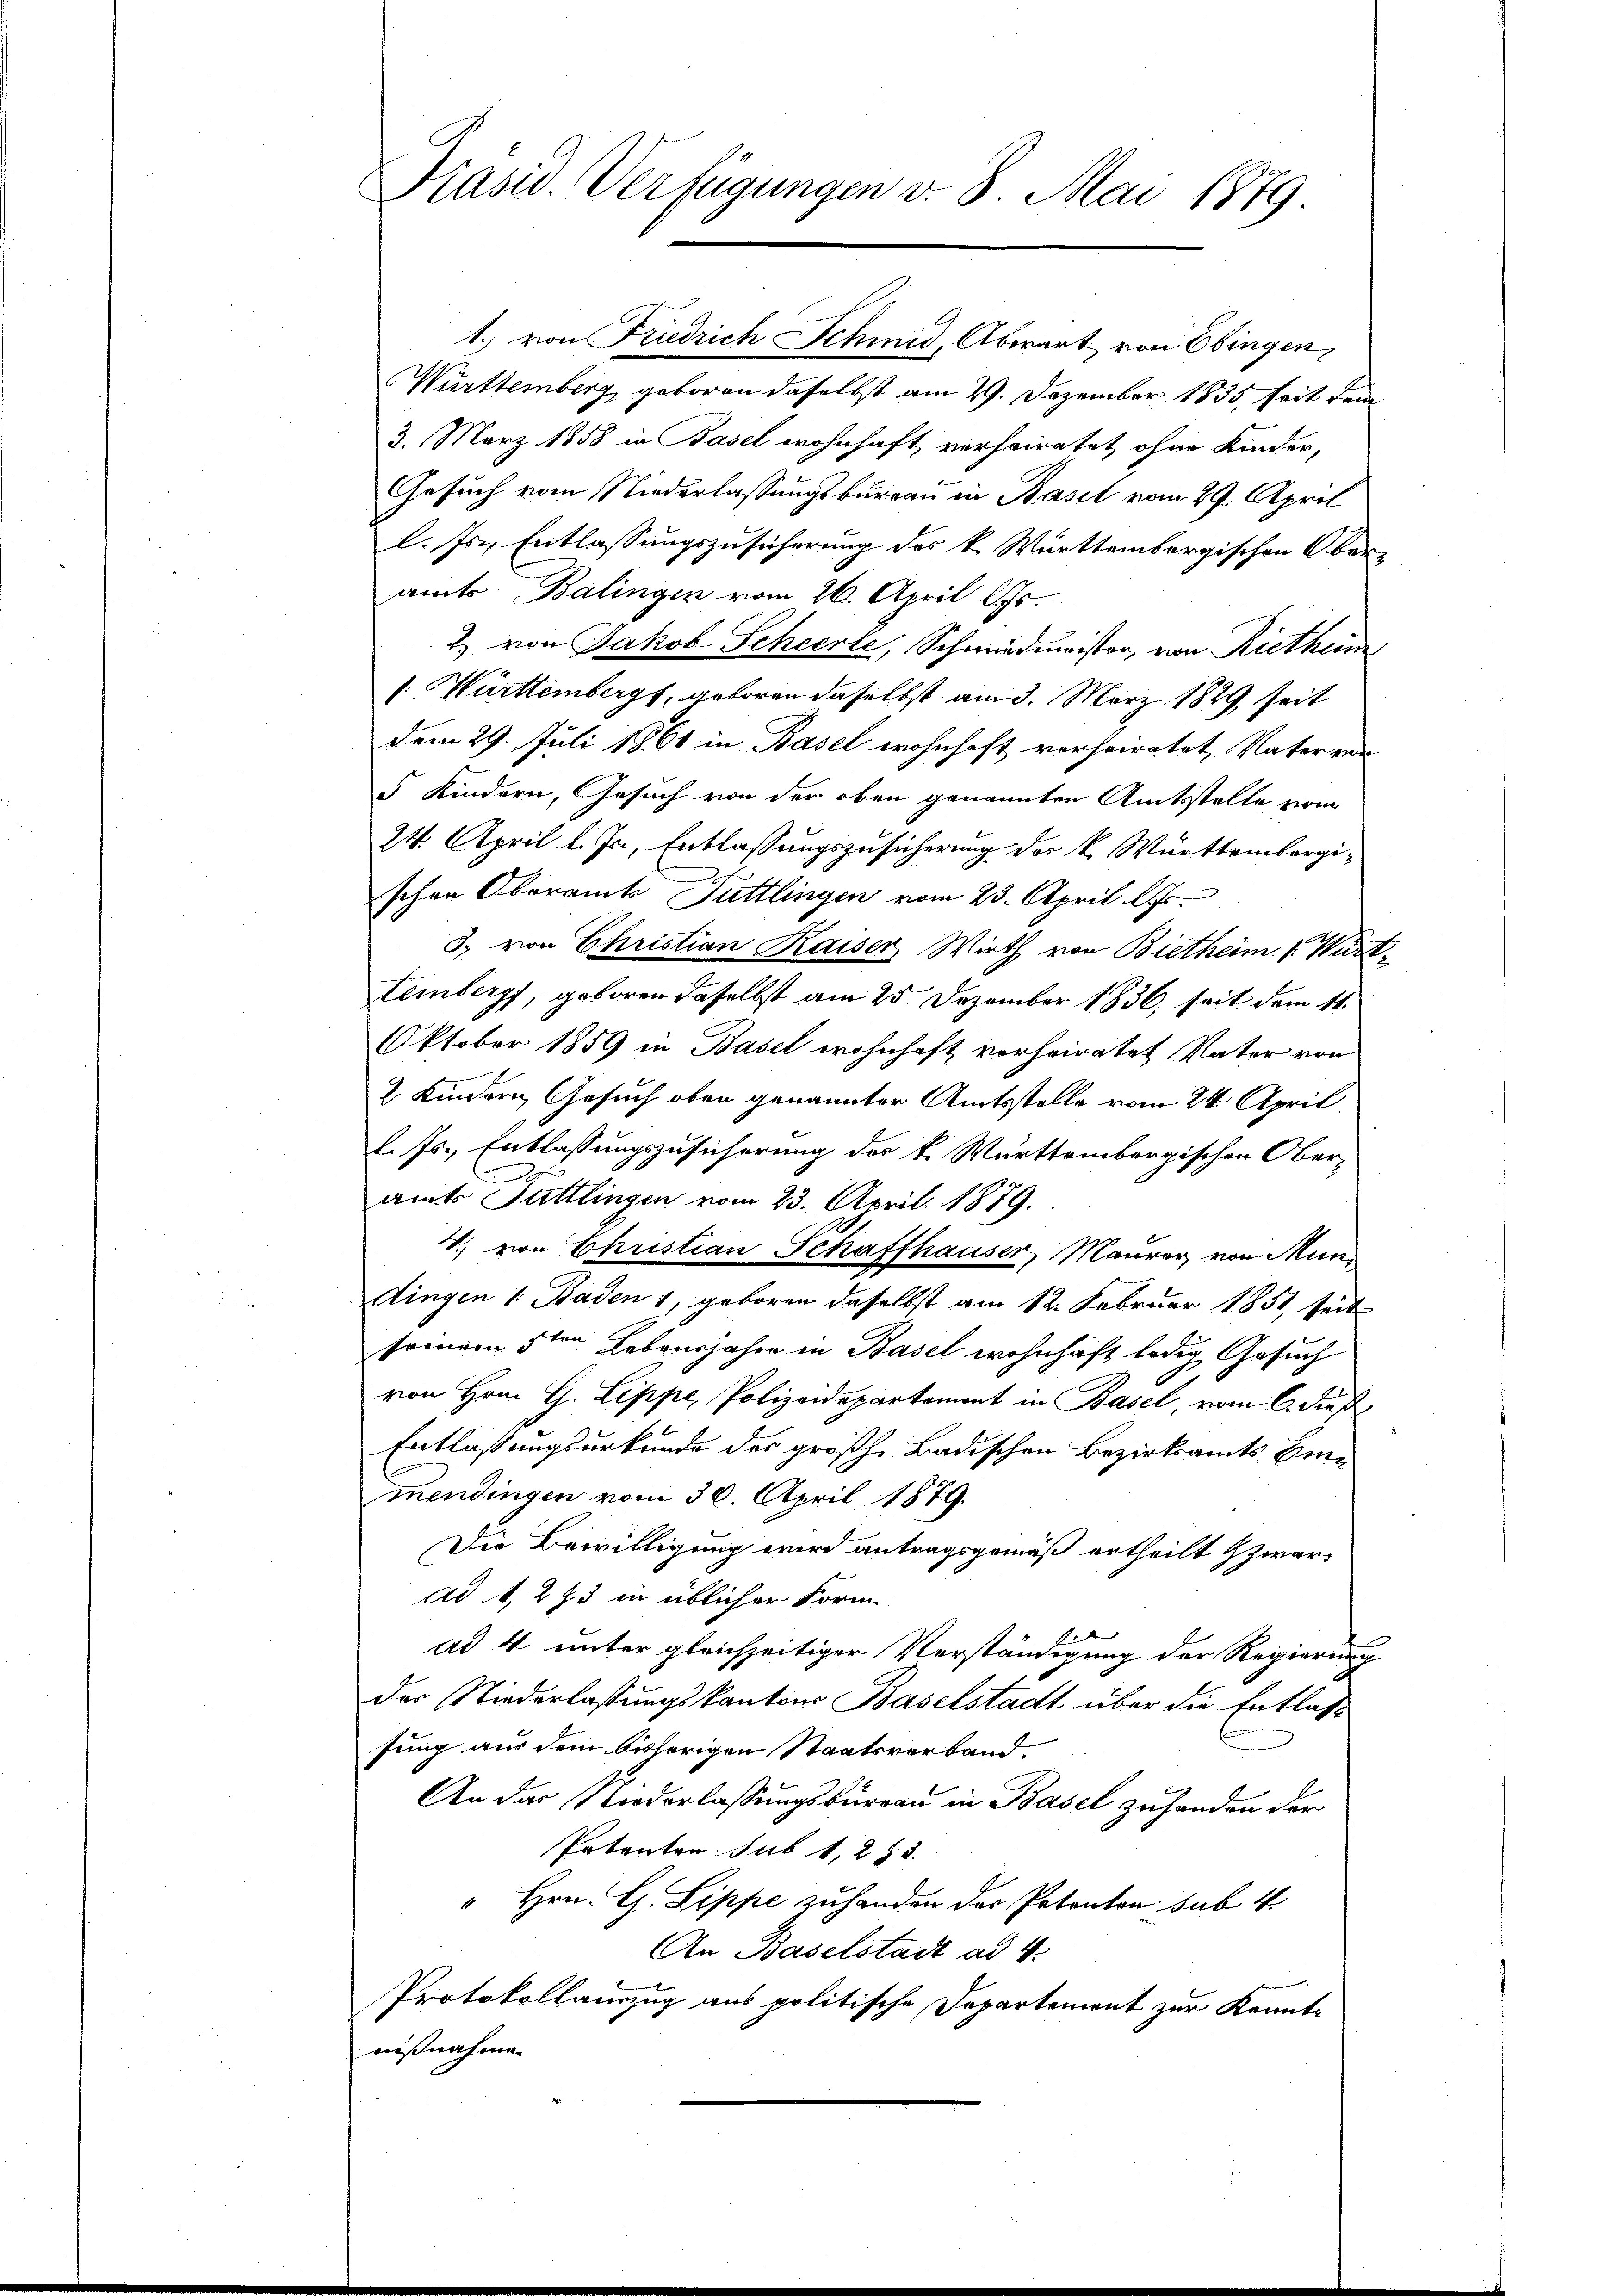
1.) von Friedrich Schmid, Abwart von Ebingen,
Württemberg, geboren daselbst am 29. Dezember 1835, seit dem
3. März 1858 in Basel wohnhaft, verheiratet, ohne Kinder,
Gesuch vom Niederlassungsbureau in Basel vom 29. April
l. Js., Entlassungszusicherung des k. Württembergischen Oberamts Balingen vom 26. April lJs.
2 von Jakob Scheerte, Schmiedmeister, von Rietheim
[: Württemberg, geboren daselbst am 3. März 1829, seit
dem 29. Juli 1861 in Basel wohnhaft vorheiratet, Vater ver
 Kindern, Gesuch von der oben genannten Amtsstelle vom
24. April l. Js., Entlassungszusicherung des k. Württembergischen Oberamts Tuttlingen vom 23. April l. Js.
3. von Christian Kaiser Wirth von Bietheim. 1. Württemberg, geboren daselbst am 25. Dezember 1836, seit dem 11.
Oktober 1859 in Basel wohnhaft vorheiratet Vater von
2 Kindern Gesuch oben genannter Amtsstelle vom 24. April
l. Js., Entlassungszusicherung des k. Württembergischen Ober-
amts Tuttlingen vom 23. April 1879.
4., von Christian Schaffhauser, Maurer, von Muni
dingen 1. Baden 1, geboren daselbst am 12. Februar 1851, seit
sommen 5ten Lebensjahre in Basel wohnhaft ledig, Gesuch
von Hrn. G. Lippe, Polizeidepartement in Basel, vom 6. dieß
Entlassungsurkunde des großh. Badischen Bezirksamts Einmendingen vom 30. April 1879.
Die Bewilligung wird antragsgemäß ertheilt zwar
ad 1, 273 in üblicher Form.
ad 4 unter gleichzeitiger Verständigung der Regierung
der Niederlassungskantons Baselstadt über die Entlass
fung aus dem bisherigen Staatsverband¬
An das Niederlassungsburgau in Basel zuhanden der
Petenten sub 1, 233.
" Hrn. G. Lippe zu handen des Petenton sub. 4.
An Baselstadt ad 4.
Protokollauszug aus politische Departement zur Kenntnißnahmen

Präsid. Verfügungen v. 8. Mai 1879.